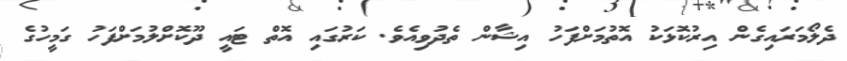
ދެލޯމަރައިގެން އިރުކޮޅަކު އޮތުމަށްފަހު އިޝާން ތެދުވިއެވެ. ކަރުގައި އޮތް ޓައީ ދޫކޮށްލުމަށްފަހު ގަމީހުގެ